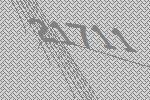
21711